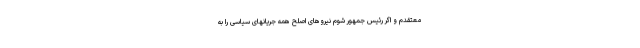
معتقدم و اگر رئیس جمهور شوم نیروهای اصلح همه جریانهای سیاسی را به